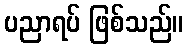
ပညာရပ် ဖြစ်သည်။